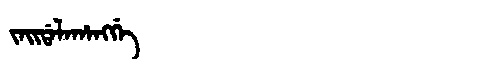
Manchu: ᠵᠠᡳᡩᠠᠯᠠᡥᠠᠩᡤᡝ
Romanization: JAIDALAHANGGE